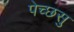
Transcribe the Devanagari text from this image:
पेच्छसु